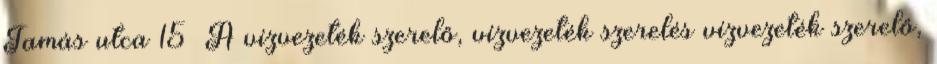
Tamás utca 15 A vízvezeték szerelő, vízvezeték szerelés vízvezeték szerelő,